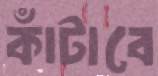
কাঁটাবে